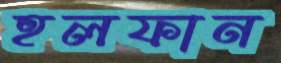
হলফান